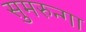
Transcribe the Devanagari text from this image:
सुमरुन्गा